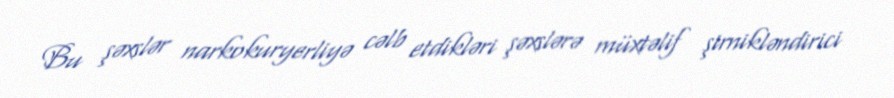
Bu şəxslər narkokuryerliyə cəlb etdikləri şəxslərə müxtəlif şirnikləndirici